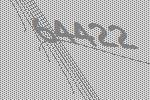
64422